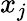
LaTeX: x_{j}